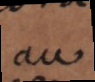
au